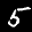
Label: 5